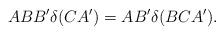
LaTeX: \begin{align*}ABB'\delta(CA')=AB'\delta(BCA').\end{align*}